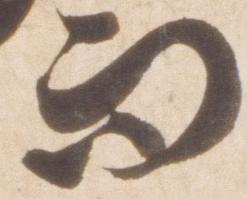
而